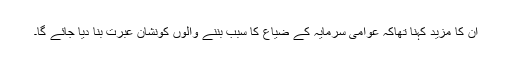
ان کا مزید کہنا تھاکہ عوامی سرمایہ کے ضیاع کا سبب بننے والوں کونشان عبرت بنا دیا جائے گا۔